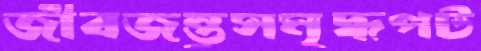
জীবজন্তুসমৃদ্ধপট